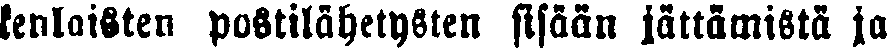
kenlaisten postilähetysten sisään jättämistä ja